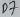
Text: D7